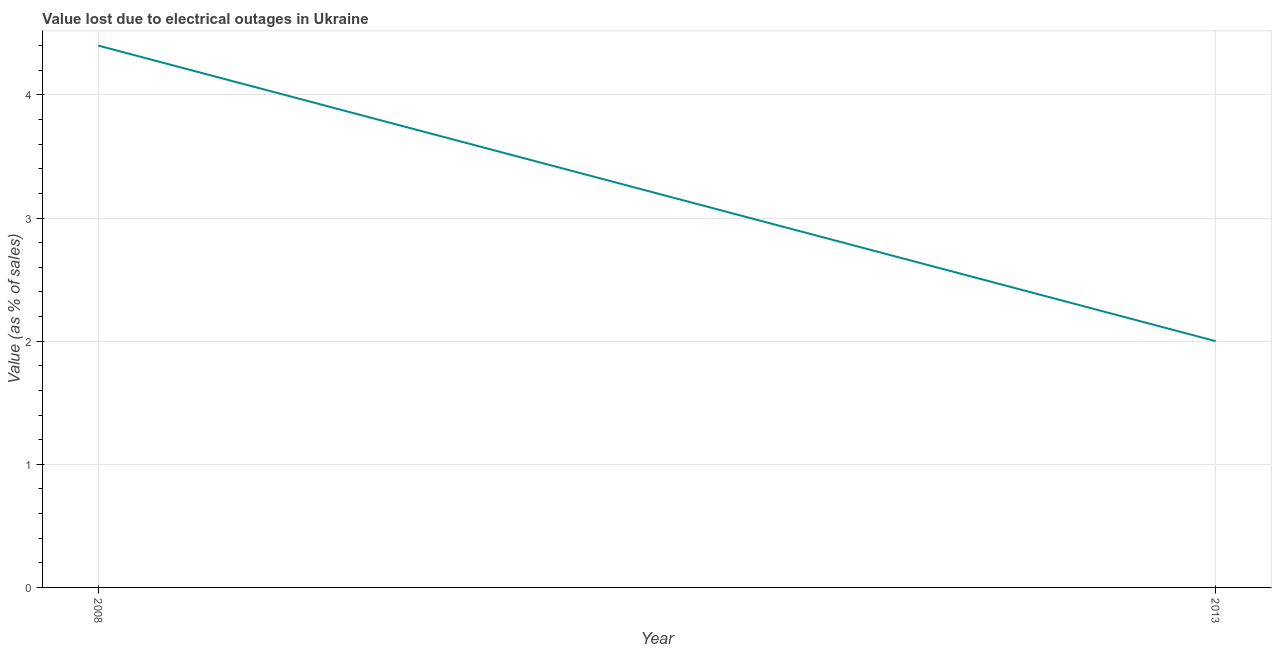
| Year | Value lost due to electrical outages |
 | --- | --- |
 | 2008 | 4.4 |
 | 2013 | 2 |